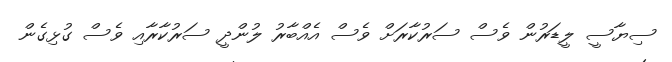
ސިޔާސީ ލީޑަރުން ވެސް ސަރުކާރަށް ވެސް އެއްބާރު ލުންދީ ސަރުކާރާއި ވެސް ގުޅިގެން